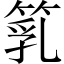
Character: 𥯇